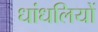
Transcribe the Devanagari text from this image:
धांधलियों